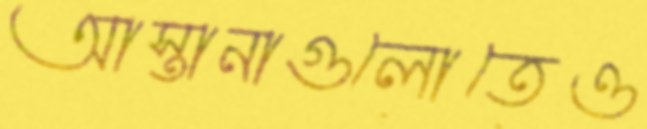
আস্তানাগুলোতেও